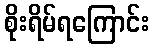
စိုးရိမ်ရကြောင်း